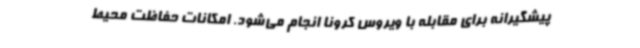
پیشگیرانه برای مقابله با ویروس کرونا انجام می‌شود. امکانات حفاظت محیط